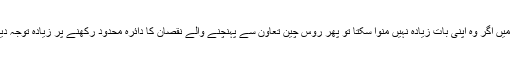
یوریشیا میں اگر وہ اپنی بات زیادہ نہیں منوا سکتا تو پھر روس چین تعاون سے پہنچنے والے نقصان کا دائرہ محدود رکھنے پر زیادہ توجہ دینا ہوگی۔